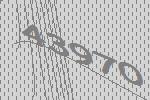
43970